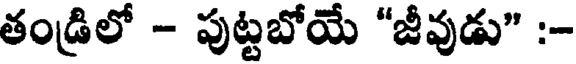
తండ్రిలో - పుట్టబోయే "జీవుడు" :-